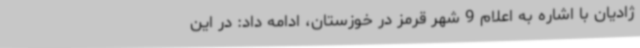
ژادیان با اشاره به اعلام 9 شهر قرمز در خوزستان، ادامه داد: در این